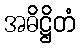
အဓိဋ္ဌိတံ